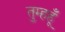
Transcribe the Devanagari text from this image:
तुम्हहूँ